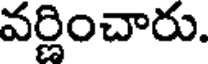
వర్ణించారు.